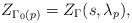
LaTeX: \begin{align*}Z_{\Gamma_0(p)} = Z_{\Gamma}(s, \lambda_p),\end{align*}